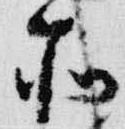
所